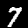
Digit: 7